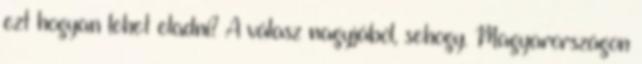
ezt hogyan lehet eladni? A válasz nagyjából, sehogy. Magyarországon